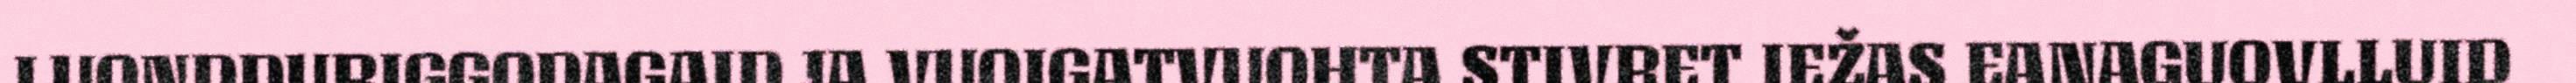
LUONDDURIGGODAGAID JA VUOIGATVUOHTA STIVRET IEŽAS EANAGUOVLLUID